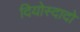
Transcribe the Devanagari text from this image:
दियोस्दादो